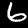
Digit: 6